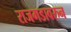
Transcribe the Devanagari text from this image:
राजगडावरुन